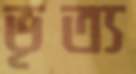
ভৃত্য